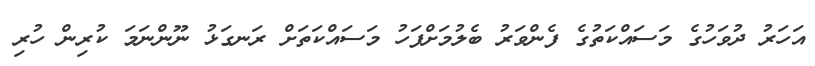
އަހަރު ދުވަހުގެ މަސައްކަތުގެ ފެންވަރު ބެލުމަށްފަހު މަސައްކަތަށް ރަނގަޅު ނޫންނަމަ ކުރިން ހުރި